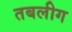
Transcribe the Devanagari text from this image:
तबलीग